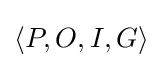
\langle P,O,I,G\rangle